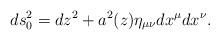
LaTeX: \begin{align*}ds^2_0=dz^2 + a^2(z)\eta_{\mu\nu}dx^{\mu}dx^{\nu}.\end{align*}